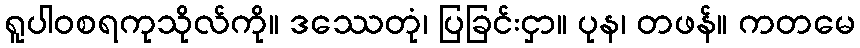
ရူပါဝစရကုသိုလ်ကို။ ဒဿေတုံ၊ ပြခြင်းငှာ။ ပုန၊ တဖန်။ ကတမေ